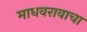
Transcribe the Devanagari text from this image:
माधवरावाचा